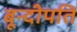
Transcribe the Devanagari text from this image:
बून्दीपति